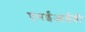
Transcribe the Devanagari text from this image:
एमईआईडी